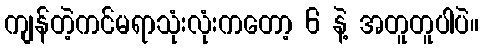
ကျန်တဲ့ကင်မရာသုံးလုံးကတော့ 6 နဲ့ အတူတူပါပဲ။